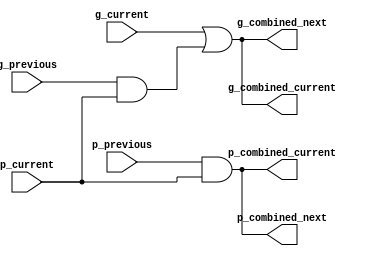
module black_cell
(
	input  		g_previous,
	input  		p_previous,
	input  		g_current,
	input  		p_current,
	
	output reg 	g_combined_current,
	output reg 	p_combined_current,
	output reg 	g_combined_next,
	output reg 	p_combined_next
);
	always @ (*)
		begin
			g_combined_current 	= g_current | (g_previous & p_current);
			p_combined_current 	= p_previous & p_current;
			g_combined_next 	= g_combined_current;
			p_combined_next 	= p_combined_current;
		end

endmodule